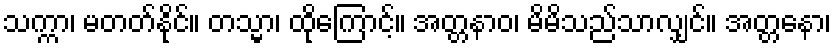
သက္ကာ၊ မတတ်နိုင်။ တသ္မာ၊ ထိုကြောင့်။ အတ္တနာဝ၊ မိမိသည်သာလျှင်။ အတ္တနော၊